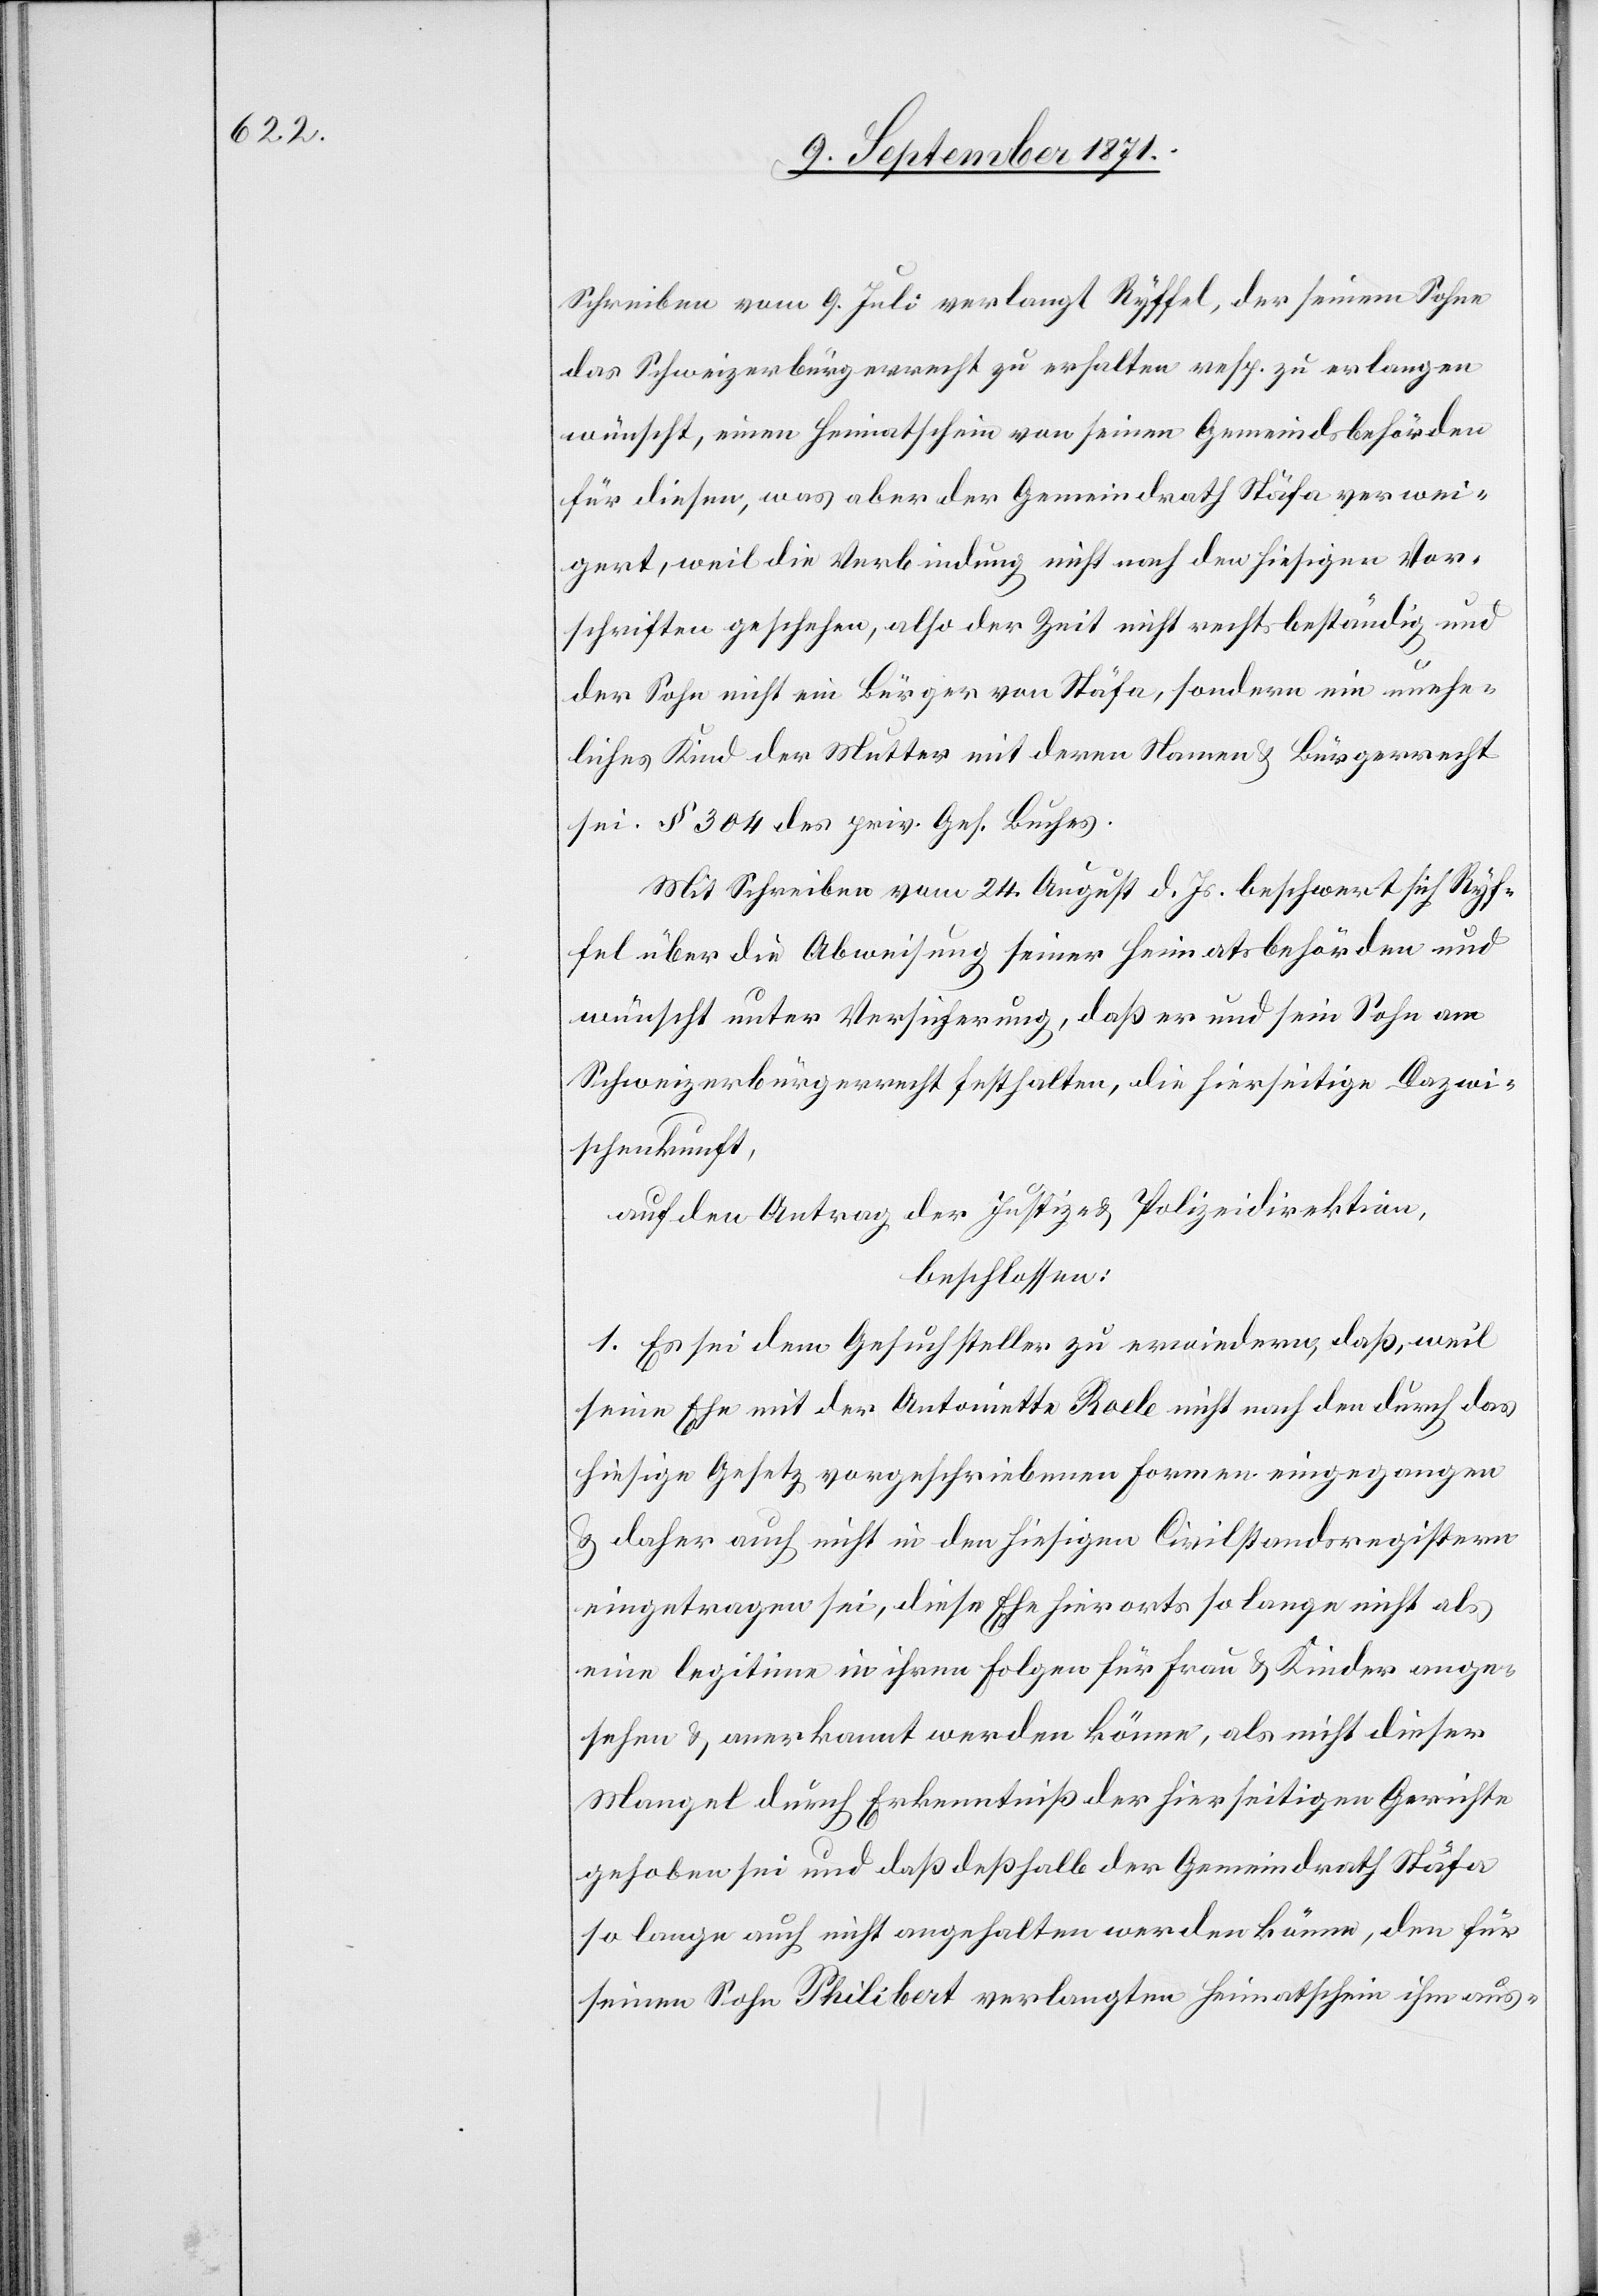
Schreiben vom 9. Juli verlangt Ryffel, der seinem Sohn
das Schweizerbürgerrecht zu erhalten resp. zu erlangen
wünscht, einen Heimatschein von seinen Gemeindsbehörden
für diesen, was aber der Gemeindrath Stäfa verwei¬
gert, weil die Verbindung nicht nach hiesigen Vor¬
schriften geschehen, also der Zeit nicht rechtbeständig und
der Sohn nicht ein Bürger von Stäfa, sondern ein unehe¬
liches Kind der Mutter mit deren Namen & Bürgerrecht
sei. § 304 des priv. Ges. Buches.
Mit Schreiben vom 24. August d. Js. beschwert sich Ryf¬
fel über die Abweisung seiner Heimatsbehörden und
wünscht unter Versicherung, daß er und sein Sohn am
Schweizerbürgerrecht festhalten, die hierseitige Dazwi¬
schenkunft,
auf den Antrag der Justiz- & Polizeidirektion,
beschlossen:
1. Es sei dem Gesuchsteller zu erwiedern, daß, weil
seine Ehe mit der Antoinette Rocle nicht nach den durch das
hiesige Gesetz vorgeschriebenen Formen eingegangen
& daher auch nicht in den hiesigen Civilstandsregistern
eingetragen sei, diese Ehe hirorts so lange nicht als
eine legitime in ihren Folgen für Frau & Kinder ange¬
sehen & anerkannt werden könne, als nicht dieser
Mangel durch Erkenntniß der hierseitigen Gerichte
gehoben sei und daß deßhalb der Gemeindrath Stäfa
so lange auch nicht angehalten werden könne, den für
seinen Sohn Philibert verlangten Heimatschein ihm aus-